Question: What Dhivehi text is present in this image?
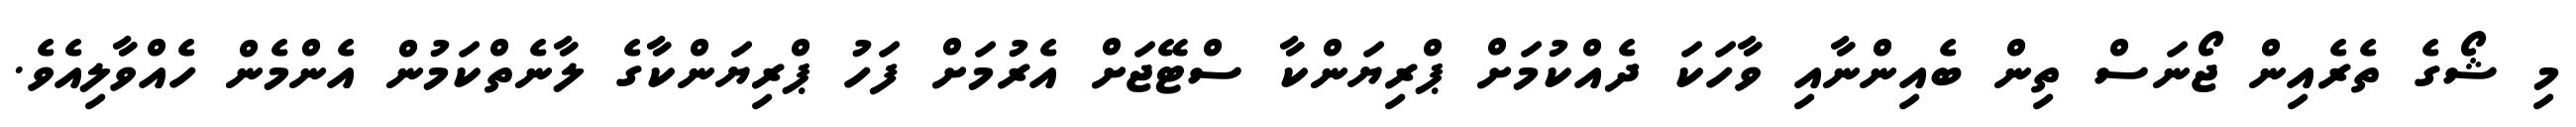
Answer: މި ޝޯގެ ތެރެއިން ޖޯނަސް ތިން ބެއިންނާއި ވާހަކަ ދެއްކުމަށް ޕްރިޔަންކާ ސްޓޭޖަށް އެރުމަށް ފަހު ޕްރިޔަންކާގެ ލާނެތްކަމުން އެންމެން ހެއްވާލިއެވެ.